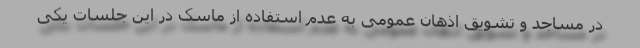
در مساجد و تشویق اذهان عمومی به عدم استفاده از ماسک در این جلسات یکی